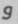
و